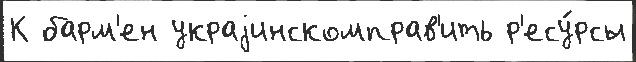
К барм'ен украjинскомправ'ить р'есу́рсы